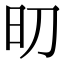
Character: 旫